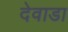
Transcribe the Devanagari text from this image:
देवाडा